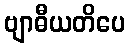
ဗျာဓီယတိပေ